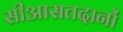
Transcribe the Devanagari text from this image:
सीआसतदानों